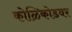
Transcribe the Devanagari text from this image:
कोळिकोडवर